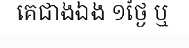
គេជាងឯង ១ថ្ងៃ ឬ